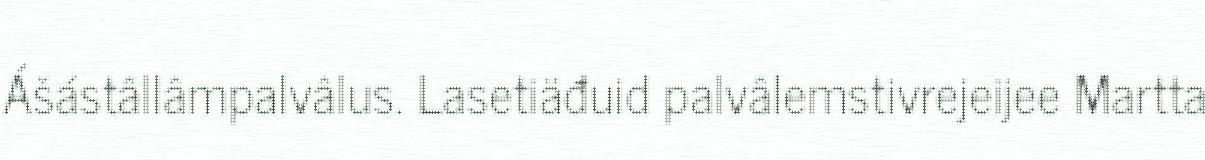
Ášástâllâmpalvâlus. Lasetiäđuid palvâlemstivrejeijee Martta